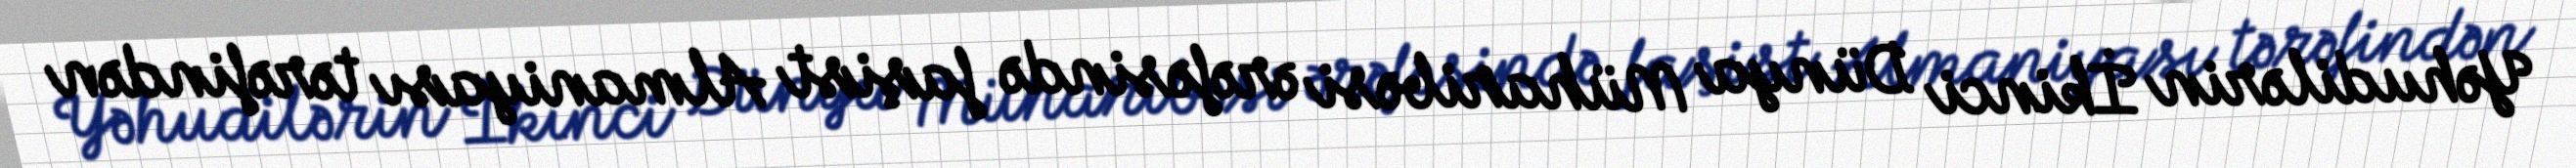
Yəhudilərin İkinci Dünya Müharibəsi ərəfəsində faşist Almaniyası tərəfindən